Civil Veterinary Department. United Provinces 1932-42 - 1932-1942
Year: 1932
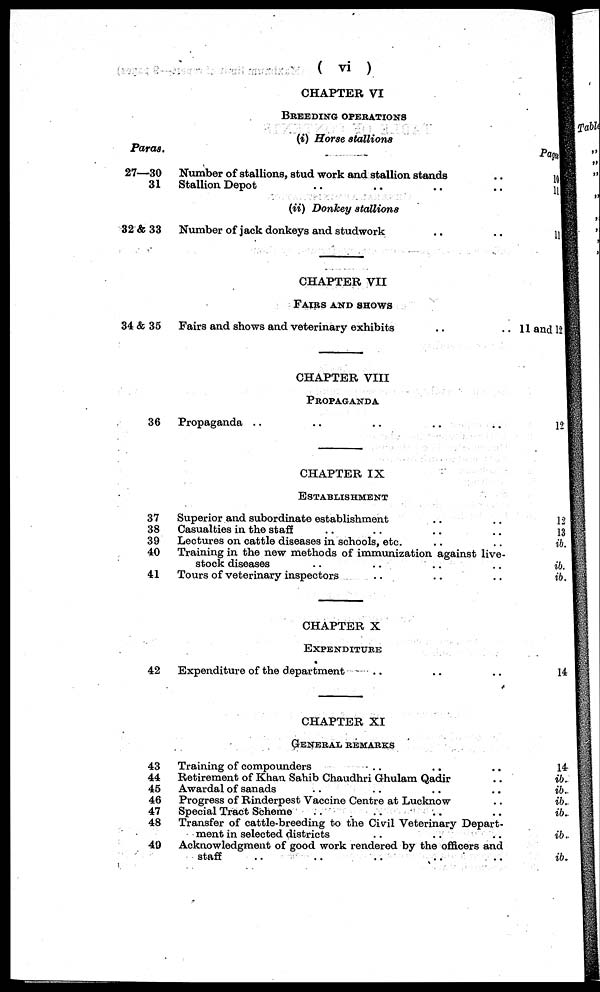
(vi)
CHAPTER VI
BREEDING OPERATIONS
Paras.
27—30
31
32 & 33
34 & 35
36
37
38
39
40
41
42
43
44
45
46
47
48
49
(i) Horse stallions
Number of stallions, stud work and stallion stands ..
Stallion Depot .. .. .. ..
(ii) Donkey stallions
Number of jack donkeys and studwork .. ..
CHAPTER VII
FAIRS AND SHOWS
Fairs and shows and veterinary exhibits .. ..
CHAPTER VIII
PROPAGANDA
Propaganda .. .. .. .. ..
CHAPTER IX
ESTABLISHMENT
Superior and subordinate establishment .. ..
Casualties in the staff .. .. ..
Lectures on cattle diseases in schools, etc. .. ..
Training in the new methods of immunization against live-
stock diseases .. .. .. ..
Tours of veterinary inspectors .. .. ..
CHAPTER X
EXPENDITURE
Expenditure of the department .. .. ..
CHAPTER XI
GENERAL REMARKS
Training of compounders .. .. ..
Retirement of Khan Sahib Chaudhri Ghulam Qadir .. ..
Awardal of sanads .. .. .. ..
Progress of Rinderpest Vaccine Centre at Lucknow ..
Special Tract Scheme .. .. .. ..
Transfer of cattle-breeding to the Civil Veterinary Depart-
ment in selected districts .. ..
Acknowledgment of good work rendered by the officers and
staff .. .. .. ..
Page
10
11
11
11 and 12
12
12
13
ib.
ib.
ib.
14
14
ib.
ib.
ib.
ib.
ib.
ib.